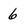
Character: 6